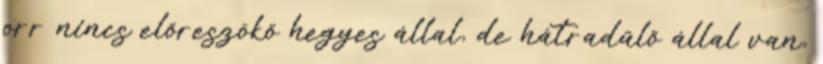
orr nincs előreszökő hegyes állal, de hátradűlő állal van,